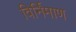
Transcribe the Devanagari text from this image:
विर्निमाण